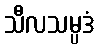
သီလသမ္ပဒံ